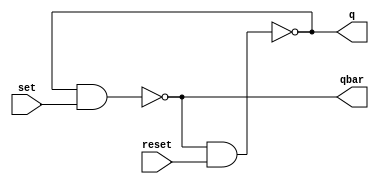
// ---------------------
// Guia 10 - Exercicio 02
// Nome: Bruno Csar Lopes Silva
// ---------------------


// --------------------- 
// modules
// ---------------------
module SRlatch (q, qbar, set, reset);
output q, qbar;
input set, reset;
nand #1 (q, qbar, reset);
nand #1 (qbar, q, set);
endmodule
// --------------------- 
// Guia 10 - Exe 02
// ---------------------

module Exe02;
wire q, qbar;
reg set,reset;

SRlatch latch1 (q, qbar, set, reset);
initial begin
$display ("Bruno Cesar Lopes Silva - 415985");
$monitor (" q= %b, qbar= %b, set= %b, reset= %b",q, qbar, set, reset);
set = 0; reset = 0;
#1 set = 1; reset = 1; 
#1 set = 0; 
#1 set = 1; reset = 0;
end
endmodule